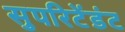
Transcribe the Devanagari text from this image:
सुपरिटेंडंट